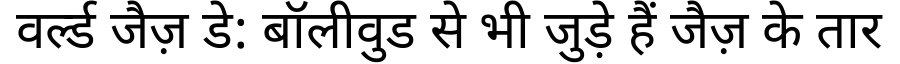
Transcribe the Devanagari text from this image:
वर्ल्ड जैज़ डे: बॉलीवुड से भी जुड़े हैं जैज़ के तार